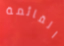
القائمة